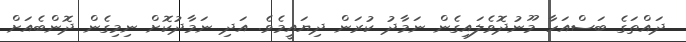
ދައްތަގެ ބަސްއަހާ މޫނުދޮވެލައިގެން ނަމާދު ކުރަން ދިޔައީމެވެ. އަދި ނަމާދުކޮށް ނިމިގެން ދޮންބެއަށް